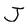
Character: J